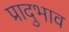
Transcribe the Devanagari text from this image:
प्रादुभाव